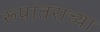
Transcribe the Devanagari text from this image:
रूपांतराच्या